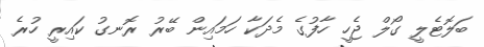
ބަލޮޓެލީ ގޯލް ޖެހީ ހާފުގެ މެދަކާ ހަމައިން ބޭރު ރޮނގު ކައިރީ ހުރެ